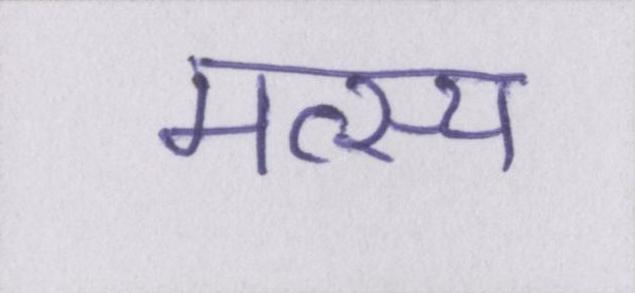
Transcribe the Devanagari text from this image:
मत्स्य